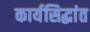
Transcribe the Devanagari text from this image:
कार्यसिद्धांत